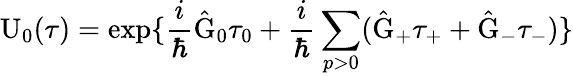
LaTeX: \mathrm{U}_{0}(\tau)=\exp\{ \frac{i}{\hbar}\hat{\mathrm{G}}_{0}{\tau}_{0}+\frac{i}{\hbar}\sum_{p>0}(\hat{\mathrm{G}}_{+}\tau_{+}+\hat{\mathrm{G}}_{-}\tau_{-})\}